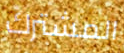
المشترك